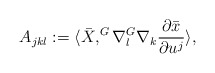
\begin{align*}A_{jkl}:=\langle \bar{X},^{G}\nabla_{l}^{G}\nabla_{k}\frac{\partial \bar{x}}{\partial u^{j}}\rangle, \end{align*}